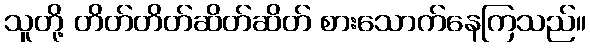
သူတို့ တိတ်တိတ်ဆိတ်ဆိတ် စားသောက်နေကြသည်။